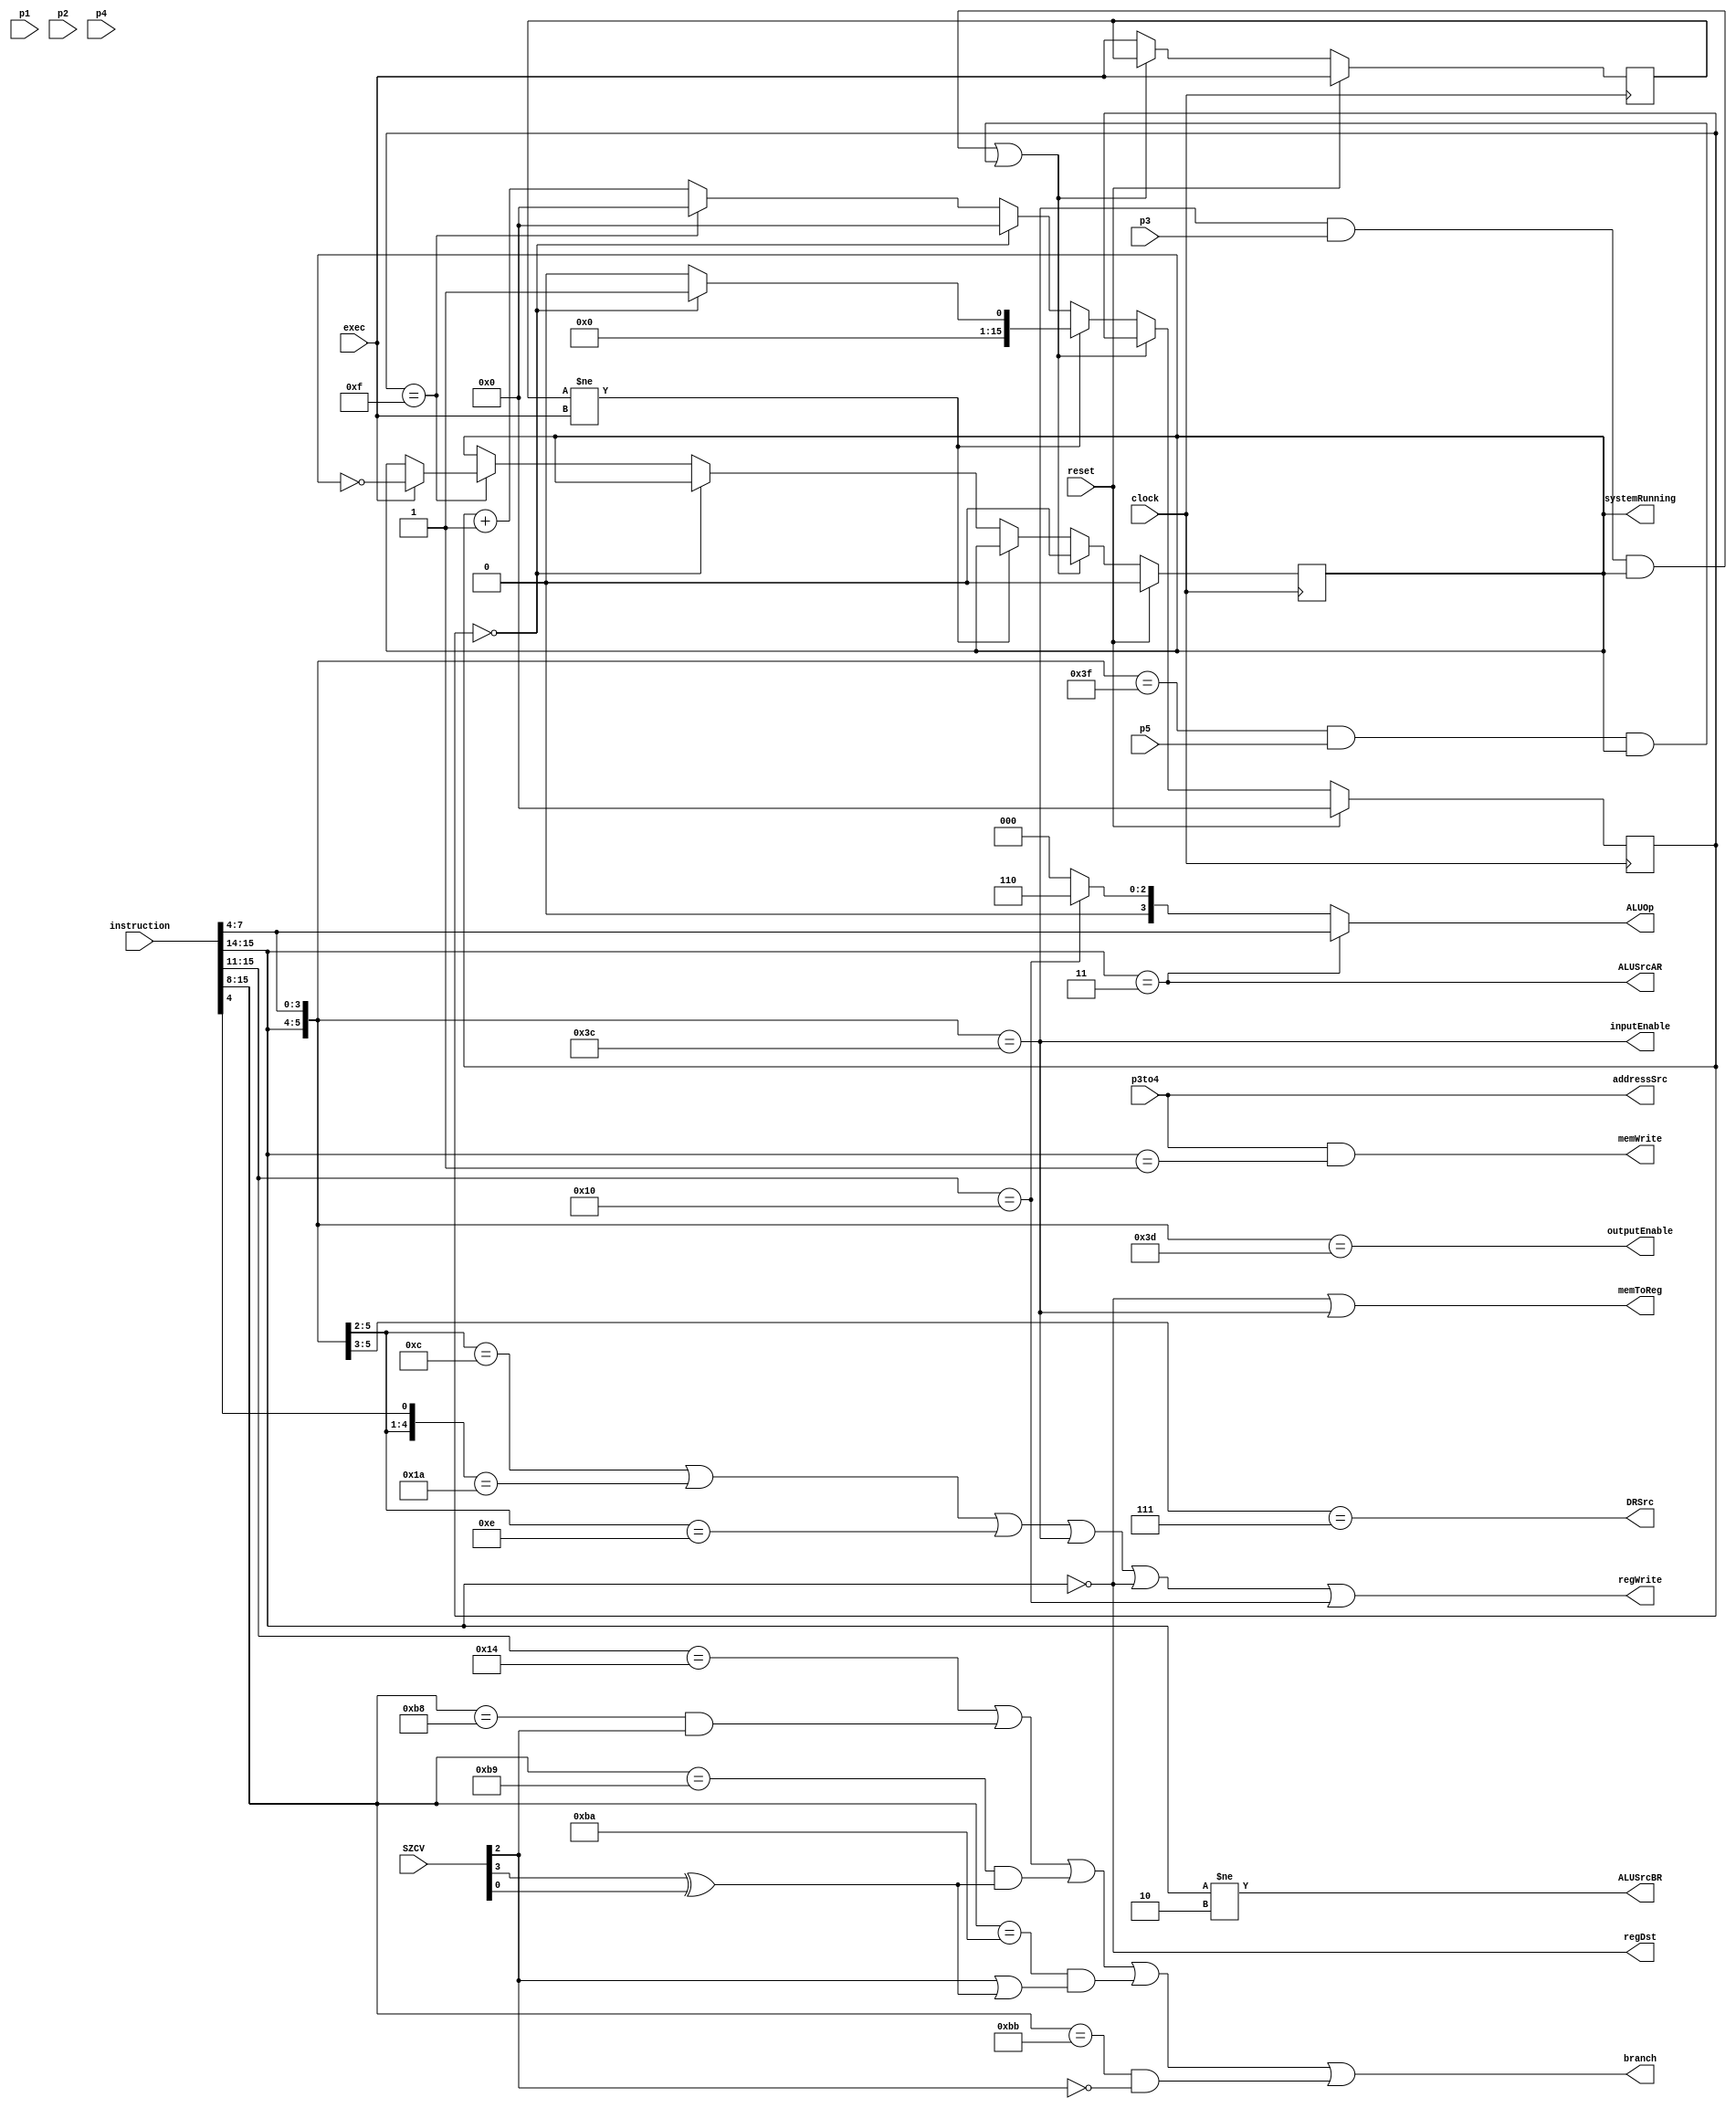
module control ( 
	input clock,
	input [15:0] instruction,//ほんとは命令の必要な個所のみでよい
	input reset,
	input exec,
	input p1,
	input p2,
	input p3,
	input p3to4,
	input p4,
	input p5,
	input [3:0] SZCV,
	//output updatePC,
	output addressSrc,
	//output updateInstruction, //単一サイクル方式のみ使用
	output regDst,
	//output updateSZCV, //単一サイクル方式のみ使用
	output ALUSrcAR,
	output ALUSrcBR,
	output [3:0] ALUOp,
	output DRSrc,
	output outputEnable,
	output inputEnable,
	output memWrite,
	output branch,
	output regWrite, // 1 when p5
	output memToReg ,
	output reg systemRunning );


	reg [15:0] counter;
	reg exec_pre;
	always @(posedge clock) begin
		if(reset) begin
			counter <= 16'h 0000;
			systemRunning <= 1'b 0;
			exec_pre <= exec;
		end else begin
			if ((inputEnable & p3 & systemRunning)|(halt & p5 & systemRunning)) begin 
				systemRunning <= 1'b 0;
			end else begin
				exec_pre <= exec;
				if(exec_pre != exec) begin
					if(counter == 16'h0000) begin
						counter <= 16'h0001;
					end else begin
						counter <= 16'h0000;
					end
				end else begin
					if(counter == 16'h0000) begin
						counter <= 16'h0000;
					end else if(counter == 16'h 000f) begin
						counter <= 16'h0000;
						if(exec == 1'b1) begin
							systemRunning <= ~systemRunning;
						end
					end else begin
						counter <= counter + 16'h0001 ;
					end
				end
			end
		end		
	end

	wire halt;
	assign halt = ({instruction[15:14], instruction[7:4]} == 6'b11_1111);//HALT

	wire S, Z, C, V;
	assign {S,Z,C,V} = SZCV[3:0];

	wire [2:0] cond;
	assign cond = instruction[10:8];
	
	wire [3:0] op;
	assign op = instruction[7:4];

	//assign updateInstruction = p1; //単一サイクル方式のみ使用

	//assign updateSZCV = p3; //単一サイクル方式のみ使用

	//assign updatePC = p5; //単一サイクル方式のみ使用
	

	assign addressSrc = p3to4;//p1で0,p4で1が必要//主記憶を二つにすれば不要

	//p2
	assign regDst =  (instruction[15:14] == 2'b00);//LD

	//p3
	assign ALUSrcAR =  (instruction[15:14]==2'b11);//演算,シフト,IN,OUT,NOP,HALTで1

	//p3
	assign ALUSrcBR =  (instruction[15:14] != 2'b10);//演算、シフト、IN,OUT,NOP,HALT,LD,STで1

	//p3
	assign DRSrc =  ({instruction[15:14], instruction[7]}== 3'b11_1);//シフト,IN,OUT,NOP,HALTのとき1に設定

	//p3
	assign outputEnable =  ({instruction[15:14], instruction[7:4]} == 6'b11_1101);//OUT

	//p4
	assign inputEnable =  ({instruction[15:14], instruction[7:4]} == 6'b11_1100);//IN

	//p3to4
	assign memWrite =  p3to4 & (instruction[15:14] == 2'b01); // ST

	//p4
	assign branch =  (({instruction[15:14],instruction[13:11]} == 5'b10_100) //B
						|(({instruction[15:14],instruction[13:11],instruction[10:8]} == 8'b10_111_000)& Z) //BE
						|(({instruction[15:14],instruction[13:11],instruction[10:8]} == 8'b10_111_001)& (S^V)) //BLT
						|(({instruction[15:14],instruction[13:11],instruction[10:8]} == 8'b10_111_010)& (Z|(S^V))) //BLE
						|(({instruction[15:14],instruction[13:11],instruction[10:8]} == 8'b10_111_011)& (~Z)) //BNE
						//| ({instruction[15:14], instruction[7:4]} == 6'b11_1111) //HALT
	);

	//p5
	assign regWrite =  
					(
						({instruction[15:14],instruction[7:6]} == 4'b11_00)//ADD,SUB,AND,OR
						| ({instruction[15:14],instruction[7:6],instruction[4]} == 5'b11_01_0)//XOR,MOV
						| ({instruction[15:14],instruction[7:6]} == 4'b11_10)//シフト
						| ({instruction[15:14],instruction[7:4]} == 6'b11_1100)//IN
						| (instruction[15:14] == 2'b00) //LD
						| ({instruction[15:14],instruction[13:11]} == 5'b10_000)  //LI 
					);

	//p5
	assign memToReg =  ( (instruction[15:14] == 2'b00) //LD 
							| ({instruction[15:14], instruction[7:4]} == 6'b11_1100)); //IN

	function [3:0] ALU_OP;
		input [15:0] INSTRUCTION;
		/*if({INSTRUCTION[15:14], INSTRUCTION[7,4]} == 6'b111111)begin ALU_OP[3:0] = 4'b0000 end else */ 
		if(INSTRUCTION[15:14] == 2'b11) begin
			ALU_OP[3:0] = INSTRUCTION[7:4];//命令中のオペコードをそのまま
		end else if({INSTRUCTION[15:14], INSTRUCTION[13:11]} == 5'b10_000) begin
			ALU_OP = 4'b0110; //LIのためのMOV命令
		end else begin 
			ALU_OP = 4'b0000; //アドレス計算のための足し算
		end
	endfunction

	//p3
	assign ALUOp = ALU_OP(instruction[15:0]);


endmodule